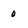
Character: 0